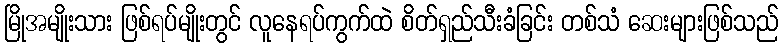
မြိုအမျိုးသား ဖြစ်ရပ်မျိုးတွင် လူနေရပ်ကွက်ထဲ စိတ်ရှည်သီးခံခြင်း တစ်သံ ဆေးများဖြစ်သည်